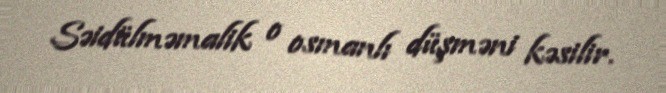
Səidülməmalik o osmanlı düşməni kəsilir.